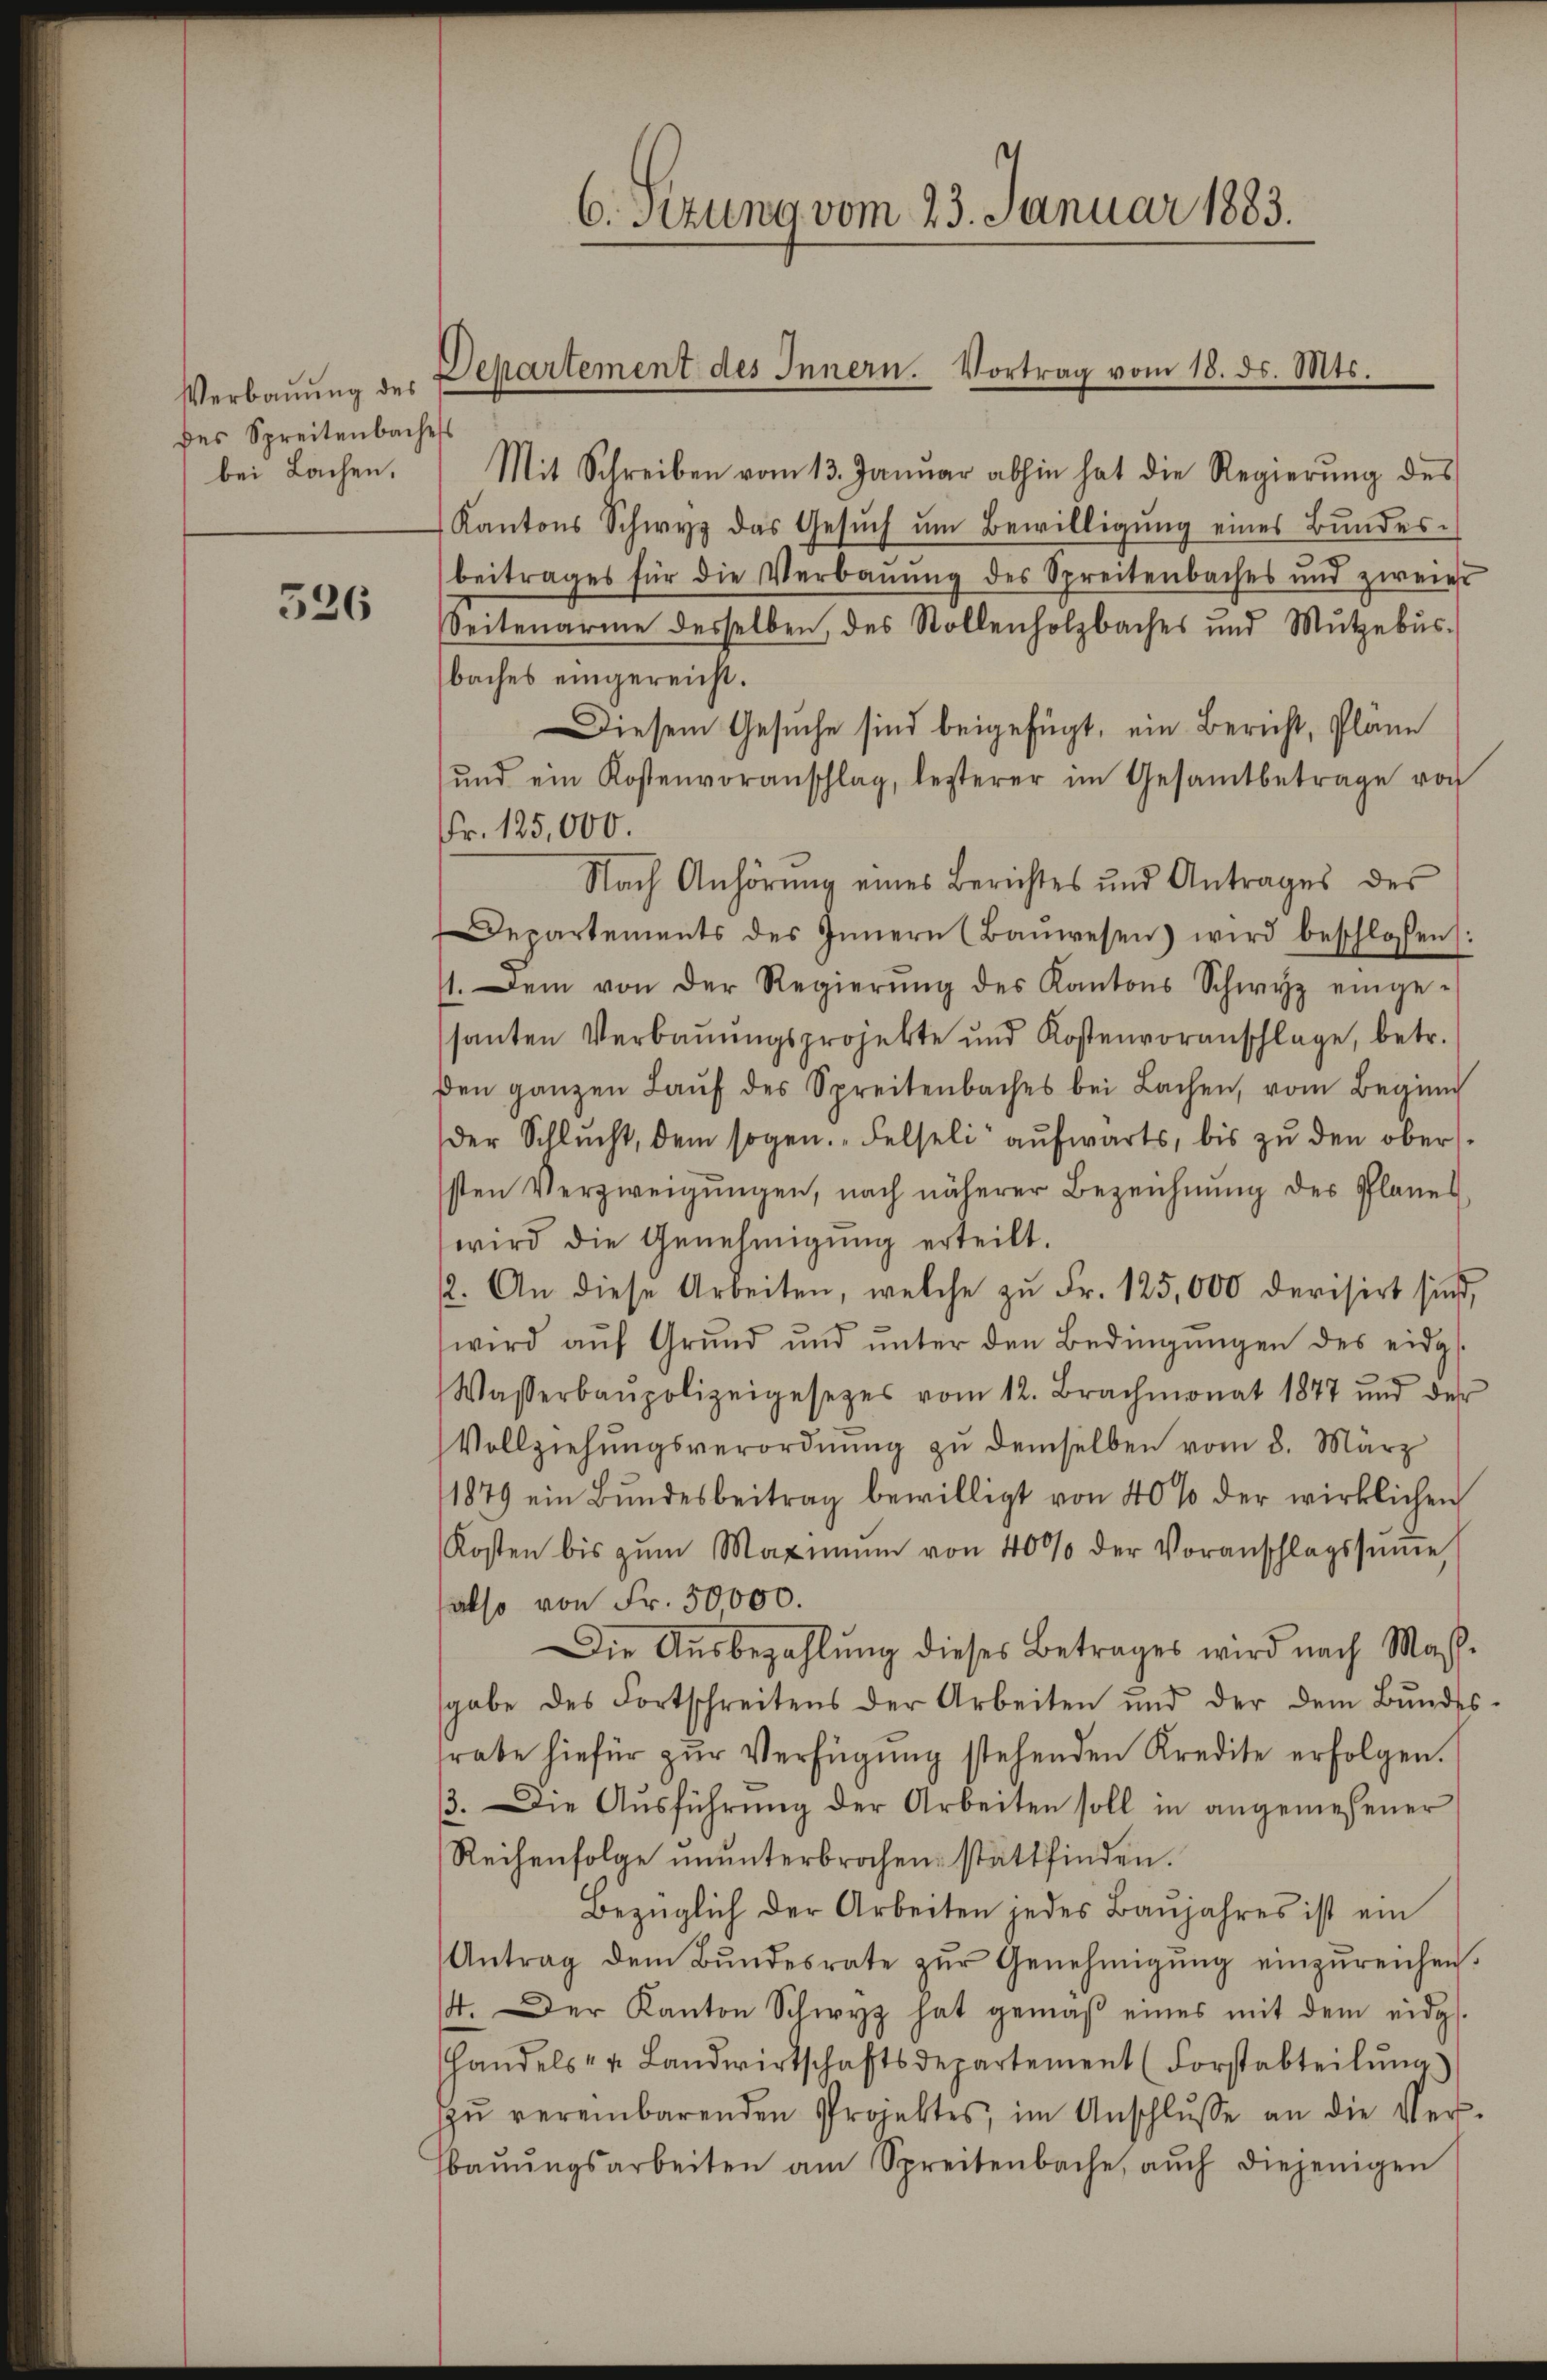
526

Verbauung des
des Spreitenbaches

6. Sizung vom 23. Januar 1883.
Departement des Innern. Vortrag vom 18. ds. Mts.

bei Lachen. Mit Schreiben vom 13. Janŭar abhin hat die Regierŭng des
Kantons Schwyz das Gesŭch ŭm Bewilligŭng eines Bŭndes-
beitrages für die Verbauung des Spreitenbaches und zweier
Seitenarme desselben, des Stollenholzbaches und Mutzebus
baches eingereicht.
Diesem Gesuche sind beigefügt, ein Bericht, Pläne
und ein Kostenvoranschlag, besterer im Gesamtbetrage von
Fr. 125,000.
Nach Anhörŭng eines Berichtes und Antrages des
Departements des Innern (Baŭwesen) wird beschlossen:
11. Dem von der Regierŭng des Kantons Schwyz einge-
santen Verbauungsprojekte und Kostenvoranschlage, betr.
den ganzen Laŭf des Spreitenbaches bei Lachen, vom Beginn
der Schlŭcht, dem sogen. Felseli aŭfwärts, bis zŭ den oberssten Verzweigungen, nach näherer Bezeichnung des Planes
wird die Genehmigŭng erteilt.
2. An diese Arbeiten, welche zŭ Fr. 125,000 devisirt sich,
wird aŭf Grŭnd ŭnd ŭnter den Bedingŭngen des eidg.
Wasserbaŭpolizeigesetzes vom 12. Brachmonat 1877 und der
Vollziehŭngsverordnŭng zŭ demselben vom 8. März
1879 ein Bŭndesbeitrag bewilligt von 40% der wirklichen
Kosten bis zŭm Maximŭm von 4000 der Voranschlagssŭṁe
also von Fr. 30,000.
Die Aŭsbezahlŭng dieses Betrages wird nach Mass-
sgabe des Fortschreitens der Arbeiten und der dem Bŭndes-
rabe hiefür zŭr Verfügung stehenden Kredite erfolgen.
3. Die Ausführung der Arbeiten soll in angemessener
Reihenfolge ŭnŭnterbrochen stattfinden.
Bezüglich der Arbeiten jedes Baŭjahres ist ein
Antrag dem Bŭndesrate zŭr Genehmigŭng einzŭreichen.
14. Der Kanton Schwyz hat gemäβ eines mit dem eidg.
handels- u. Landwirtschaftsdepartement (Forstabteilŭng
ŭ vereinbarenden Projektes, im Anschlŭsse an die Ver-
fbaŭŭngsarbeiten am Spreitenbache, aŭch diejenigen